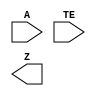
module sky130_fd_sc_hs__einvp (
    A ,
    TE,
    Z
);

    input  A ;
    input  TE;
    output Z ;

    // Voltage supply signals
    supply1 VPWR;
    supply0 VGND;

endmodule